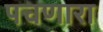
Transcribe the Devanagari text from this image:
पचणारा